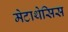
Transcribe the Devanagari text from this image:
मेटाथेसिस